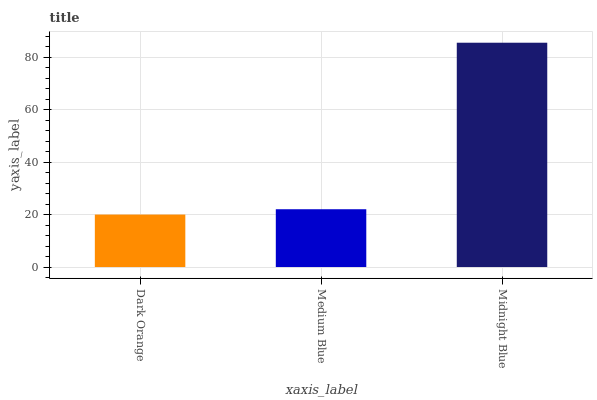
| xaxis_label | bars |
 | --- | --- |
 | Dark Orange | 20 |
 | Medium Blue | 22.1 |
 | Midnight Blue | 85.6 |